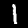
Label: 1